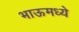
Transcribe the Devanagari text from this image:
भाऊमध्ये